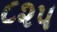
૮૨૫